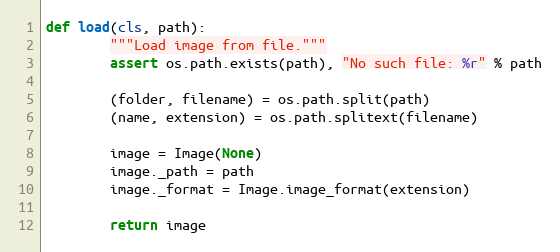
Language: Python
def load(cls, path):
        """Load image from file."""
        assert os.path.exists(path), "No such file: %r" % path

        (folder, filename) = os.path.split(path)
        (name, extension) = os.path.splitext(filename)

        image = Image(None)
        image._path = path
        image._format = Image.image_format(extension)

        return image